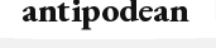
antipodean